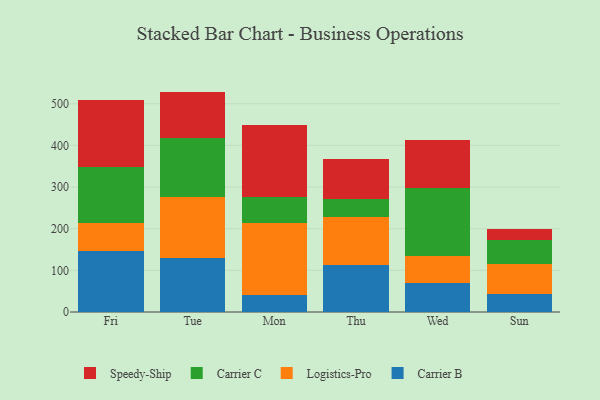
{"axis": {"x": "Day", "y": "Bounce Rate (%)"}, "legend": ["Carrier B", "Carrier C", "Logistics-Pro", "Speedy-Ship"], "data": [{"x": "Fri", "y": 145.9, "type": "Carrier B"}, {"x": "Fri", "y": 67.4, "type": "Logistics-Pro"}, {"x": "Fri", "y": 134.1, "type": "Carrier C"}, {"x": "Fri", "y": 160.8, "type": "Speedy-Ship"}, {"x": "Tue", "y": 128.5, "type": "Carrier B"}, {"x": "Tue", "y": 147.6, "type": "Logistics-Pro"}, {"x": "Tue", "y": 141.8, "type": "Carrier C"}, {"x": "Tue", "y": 111.2, "type": "Speedy-Ship"}, {"x": "Mon", "y": 39.7, "type": "Carrier B"}, {"x": "Mon", "y": 173.7, "type": "Logistics-Pro"}, {"x": "Mon", "y": 61.8, "type": "Carrier C"}, {"x": "Mon", "y": 174.1, "type": "Speedy-Ship"}, {"x": "Thu", "y": 112.3, "type": "Carrier B"}, {"x": "Thu", "y": 115.0, "type": "Logistics-Pro"}, {"x": "Thu", "y": 44.0, "type": "Carrier C"}, {"x": "Thu", "y": 96.5, "type": "Speedy-Ship"}, {"x": "Wed", "y": 69.0, "type": "Carrier B"}, {"x": "Wed", "y": 65.2, "type": "Logistics-Pro"}, {"x": "Wed", "y": 164.3, "type": "Carrier C"}, {"x": "Wed", "y": 115.1, "type": "Speedy-Ship"}, {"x": "Sun", "y": 43.2, "type": "Carrier B"}, {"x": "Sun", "y": 71.2, "type": "Logistics-Pro"}, {"x": "Sun", "y": 58.8, "type": "Carrier C"}, {"x": "Sun", "y": 26.4, "type": "Speedy-Ship"}]}